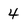
Character: 4